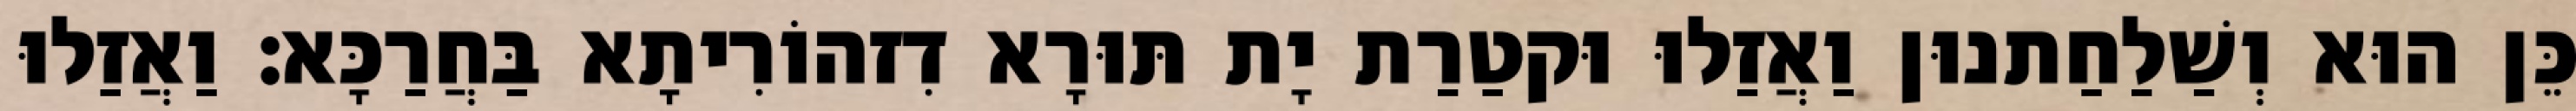
כֵּן הוּא וְשַׁלַחַתנוּן וַאֲזַלוּ וּקטַרַת יָת תּוּרָא דִזהוֹרִיתָא בַּחֲרַכָּא׃ וַאֲזַלוּ